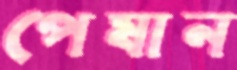
পেষান